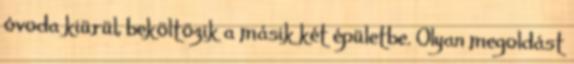
óvoda kiürül, beköltözik a másik két épületbe. Olyan megoldást